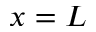
x = L